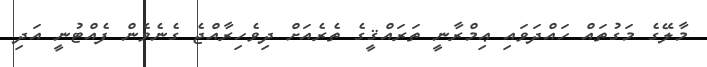
މާލޭގެ މަގުތައް ހައްދަވައި ޢިމްރާނީ ތަރައްޤީގެ ތެރެއަށް ދިވެހިރާއްޖެ ގެނެވެން ފެއްޓުނީ އަދި